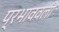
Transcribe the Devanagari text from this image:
प्रभाववली